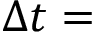
\Delta t =